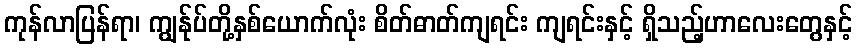
ကုန်လာပြန်ရာ၊ ကျွန်ုပ်တို့နှစ်ယောက်လုံး စိတ်ဓာတ်ကျရင်း ကျရင်းနှင့် ရှိသည့်ဟာလေးတွေနှင့်